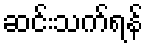
ဆင်းသက်ရန်